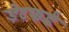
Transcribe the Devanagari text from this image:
डेटफर्ड